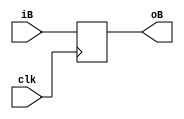
module  busm ( clk, iB, oB );
    input           clk ;
    input   [3:0]   iB ;
    output  [3:0]   oB ;
    reg     [3:0]   r ;

    assign  oB = r ;
    always @(posedge clk) r <= iB ;

endmodule